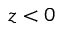
z < 0